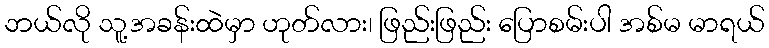
ဘယ်လို သူ့အခန်းထဲမှာ ဟုတ်လား၊ ဖြည်းဖြည်း ပြောစမ်းပါ အစ်မ မာရယ်